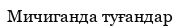
Мичиганда туғандар